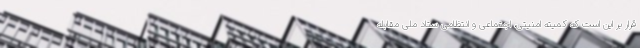
قرار بر این است که کمیته امنیتی، اجتماعی و انتظامی ستاد ملی مقابله